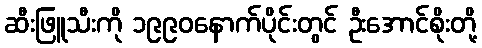
ဆီးဖြူသီးကို ၁၉၉၀နောက်ပိုင်းတွင် ဦးအောင်စိုးတို့